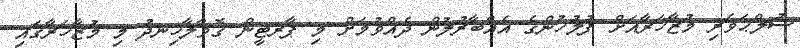
ސުލްޙަވެރި މުޒާހަރާއަށް ފުލުހުންގެ އެއްބާރުލުން ދެއްވުމަށް މި ޕާރޓީން ގޮވާލާހިނދު މި މުޒާހަރާގައި